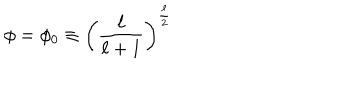
\phi = \phi _ { 0 } \equiv \left( \frac { \ell } { \ell + 1 } \right) ^ { \frac { \ell } { 2 } }